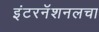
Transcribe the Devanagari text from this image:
इंटरनॅशनलचा